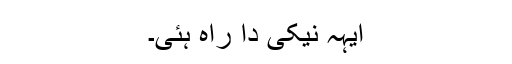
ایہہ نیکی دا راہ ہئی۔